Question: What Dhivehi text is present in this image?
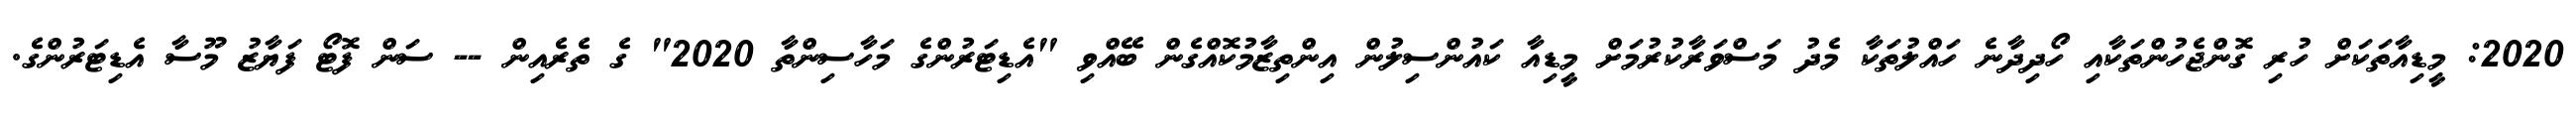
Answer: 2020: މީޑިއާތަކަށް ހުރި ގޮންޖެހުންތަކާއި ހޯދިދާނެ ހައްލުތަކާ މެދު މަސްވަރާކުރުމަށް މީޑިއާ ކައުންސިލުން އިންތިޒާމުކޮއްގެން ބޭއްވި "އެޑިޓަރުންގެ މަހާސިންތާ 2020" ގެ ތެރެއިން -- ސަން ފޮޓޯ ފަޔާޒު މޫސާ އެޑިޓަރުންގެ.